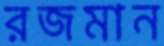
রজমান